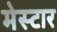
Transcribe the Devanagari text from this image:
मेस्टार